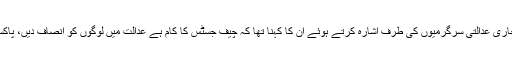
ملک میں سیاست اور کرپشن کے حوالے سے جاری عدالتی سرگرمیوں کی طرف اشارہ کرتے ہوئے ان کا کہنا تھا کہ چیف جسٹس کا کام ہے عدالت میں لوگوں کو انصاف دیں، پاکستان کو اس وقت بے شمار چیلنجز کا سامنا ہے۔